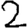
Digit: 2